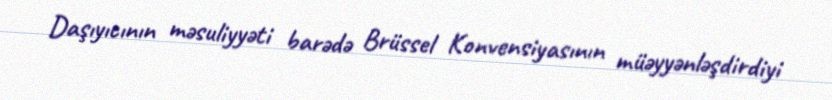
Daşıyıcının məsuliyyəti barədə Brüssel Konvensiyasının müəyyənləşdirdiyi